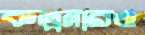
কল্পনারও